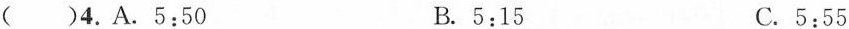
( )4.A.5:50 B. 5:15 C.5:55